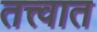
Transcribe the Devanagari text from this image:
तत्त्वात